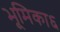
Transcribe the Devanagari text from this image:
भूमिका६